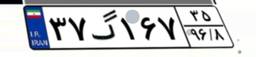
۳۷گ۱۶۷۳۵